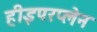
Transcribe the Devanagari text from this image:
हीइपरप्लेन